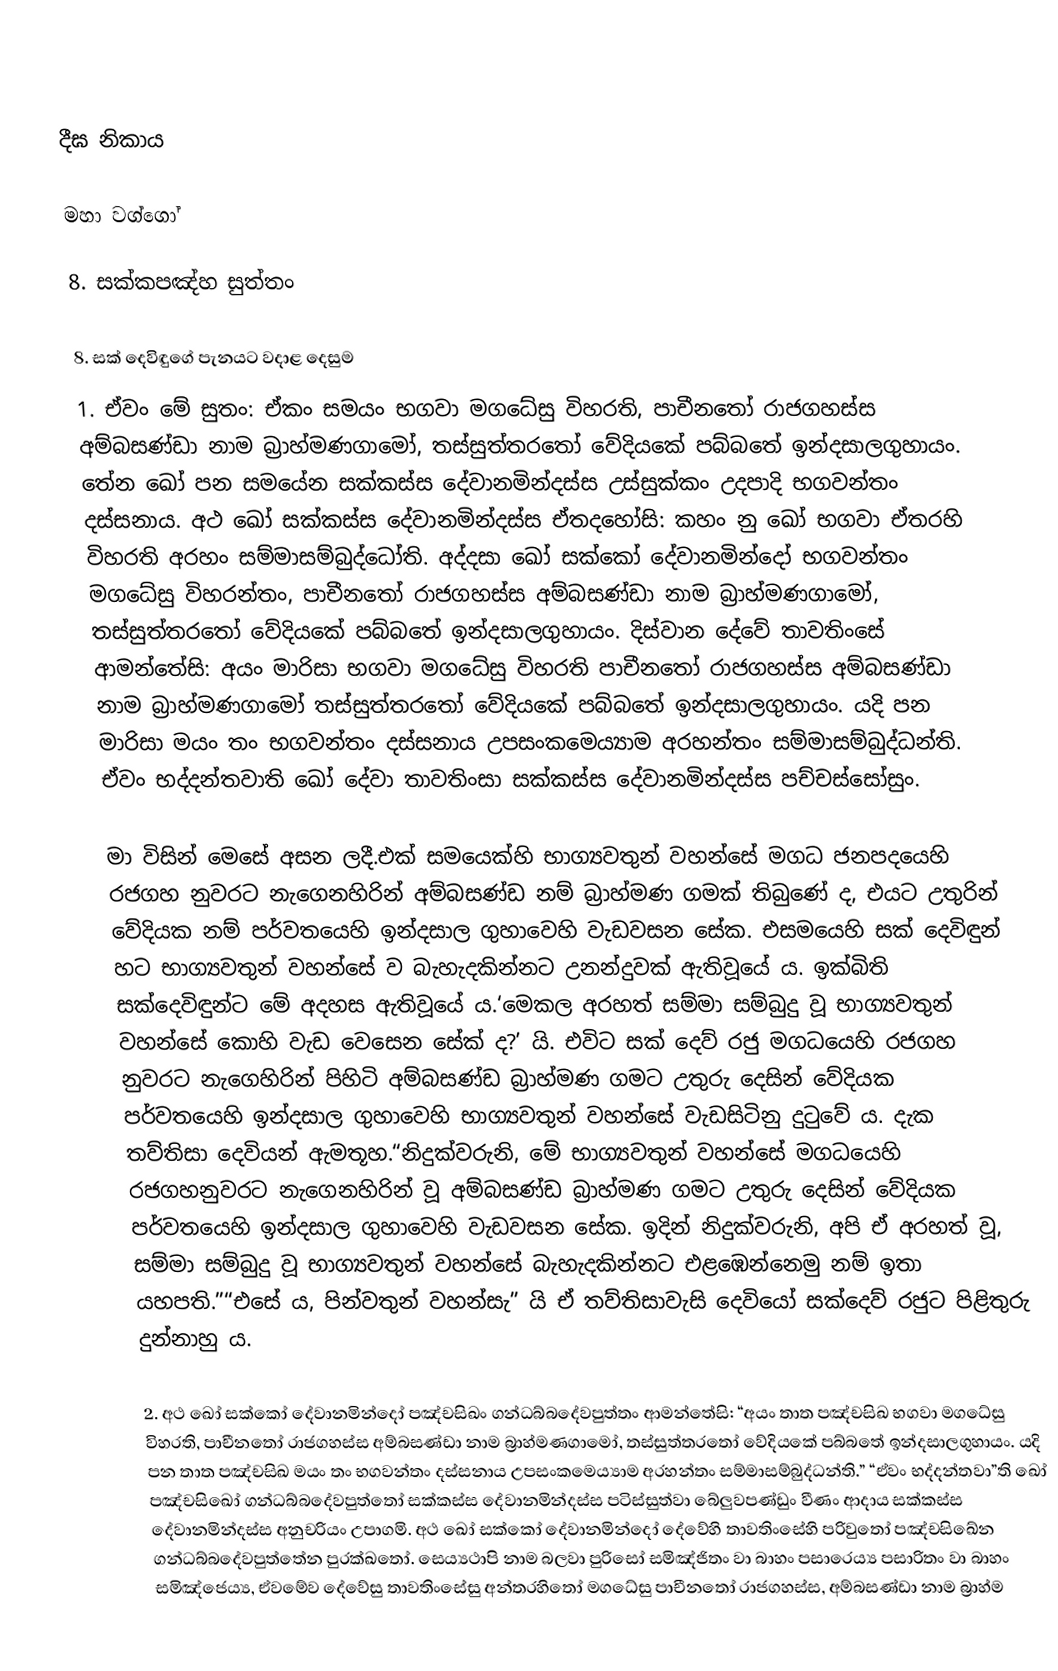

දීඝ නිකාය

මහා වග්ගෝ

8. සක්‌කපඤ්‌හ සුත්‌තං

8. සක් දෙවිඳුගේ පැනයට වදාළ දෙසුම
1. ඒවං මේ සුතං: ඒකං සමයං භගවා මගධේසු විහරති, පාචීනතෝ රාජගහස්ස අම්බසණ්ඩා නාම බ්‍රාහ්මණගාමෝ, තස්සුත්තරතෝ වේදියකේ පබ්බතේ ඉන්දසාලගුහායං. තේන ඛෝ පන සමයේන සක්කස්ස දේවානමින්දස්ස උස්සුක්කං උදපාදි භගවන්තං දස්සනාය. අථ ඛෝ සක්කස්ස දේවානමින්දස්ස ඒතදහෝසි: කහං නු ඛෝ භගවා ඒතරහි විහරති අරහං සම්මාසම්බුද්ධෝති. අද්දසා ඛෝ සක්කෝ දේවානමින්දෝ භගවන්තං මගධේසු විහරන්තං, පාචීනතෝ රාජගහස්ස අම්බසණ්ඩා නාම බ්‍රාහ්මණගාමෝ, තස්සුත්තරතෝ වේදියකේ පබ්බතේ ඉන්දසාලගුහායං. දිස්වාන දේවේ තාවතිංසේ ආමන්තේසි: අයං මාරිසා භගවා මගධේසු විහරති පාචීනතෝ රාජගහස්ස අම්බසණ්ඩා නාම බ්‍රාහ්මණගාමෝ තස්සුත්තරතෝ වේදියකේ පබ්බතේ ඉන්දසාලගුහායං. යදි පන මාරිසා මයං තං භගවන්තං දස්සනාය උපසංකමෙය්‍යාම අරහන්තං සම්මාසම්බුද්ධන්ති. ඒවං භද්දන්තවාති ඛෝ දේවා තාවතිංසා සක්කස්ස දේවානමින්දස්ස පච්චස්සෝසුං.

මා විසින් මෙසේ අසන ලදී.එක් සමයෙක්හි භාග්‍යවතුන් වහන්සේ මගධ ජනපදයෙහි රජගහ නුවරට නැගෙනහිරින් අම්බසණ්ඩ නම් බ්‍රාහ්මණ ගමක් තිබුණේ ද, එයට උතුරින් වේදියක නම් පර්වතයෙහි ඉන්දසාල ගුහාවෙහි වැඩවසන සේක. එසමයෙහි සක් දෙවිඳුන් හට භාග්‍යවතුන් වහන්සේ ව බැහැදකින්නට උනන්දුවක් ඇතිවූයේ ය. ඉක්බිති සක්දෙවිඳුන්ට මේ අදහස ඇතිවූයේ ය.‘මෙකල අරහත් සම්මා සම්බුදු වූ භාග්‍යවතුන් වහන්සේ කොහි වැඩ වෙසෙන සේක් ද?’ යි. එවිට සක් දෙව් රජු මගධයෙහි රජගහ නුවරට නැගෙහිරින් පිහිටි අම්බසණ්ඩ බ්‍රාහ්මණ ගමට උතුරු දෙසින් වේදියක පර්වතයෙහි ඉන්දසාල ගුහාවෙහි භාග්‍යවතුන් වහන්සේ වැඩසිටිනු දුටුවේ ය. දැක තව්තිසා දෙවියන් ඇමතූහ.“නිදුක්වරුනි, මේ භාග්‍යවතුන් වහන්සේ මගධයෙහි රජගහනුවරට නැගෙනහිරින් වූ අම්බසණ්ඩ බ්‍රාහ්මණ ගමට උතුරු දෙසින් වේදියක පර්වතයෙහි ඉන්දසාල ගුහාවෙහි වැඩවසන සේක. ඉදින් නිදුක්වරුනි, අපි ඒ අරහත් වූ, සම්මා සම්බුදු වූ භාග්‍යවතුන් වහන්සේ බැහැදකින්නට එළඹෙන්නෙමු නම් ඉතා යහපති.”“එසේ ය, පින්වතුන් වහන්සැ” යි ඒ තව්තිසාවැසි දෙවියෝ සක්දෙව් රජුට පිළිතුරු දුන්නාහු ය.

2. අථ ඛෝ සක්කෝ දේවානමින්දෝ පඤ්චසිඛං ගන්ධබ්බදේවපුත්තං ආමන්තේසි: “අයං තාත පඤ්චසිඛ භගවා මගධේසු විහරති, පාචීනතෝ රාජගහස්ස අම්බසණ්ඩා නාම බ්‍රාහ්මණගාමෝ, තස්සුත්තරතෝ වේදියකේ පබ්බතේ ඉන්දසාලගුහායං. යදි පන තාත පඤ්චසිඛ මයං තං භගවන්තං දස්සනාය උපසංකමෙය්‍යාම අරහන්තං සම්මාසම්බුද්ධන්ති.” “ඒවං භද්දන්තවා”ති ඛෝ පඤ්චසිඛෝ ගන්ධබ්බදේවපුත්තෝ සක්කස්ස දේවානමින්දස්ස පටිස්සුත්වා බේලු‍වපණ්ඩුං වීණං ආදාය සක්කස්ස දේවානමින්දස්ස අනුචරියං උපාගමි. අථ ඛෝ සක්කෝ දේවානමින්දෝ දේවේහි තාවතිංසේහි පරිවුතෝ පඤ්චසිඛේන ගන්ධබ්බදේවපුත්තේන පුරක්ඛතෝ. සෙය්‍යථාපි නාම බලවා පුරිසෝ සමිඤ්ජිතං වා බාහං පසාරෙය්‍ය පසාරිතං වා බාහං සමිඤ්ජෙය්‍ය, ඒවමේව දේවේසු තාවතිංසේසු අන්තරහිතෝ මගධේසු පාචීනතෝ රාජගහස්ස, අම්බසණ්ඩා නාම බ්‍රාහ්ම